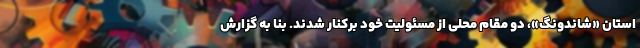
استان «شاندونگ»، دو مقام محلی از مسئولیت خود برکنار شدند. بنا به گزارش